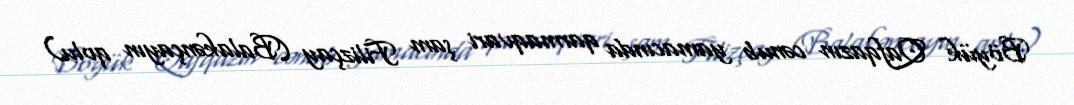
Böyük Qafqazın cənub yamacında qarmaqvari şam Filizçay (Balakənçayın qolu)